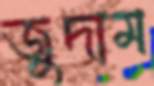
জুদাম